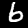
Label: 6